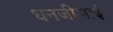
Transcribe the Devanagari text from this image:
धनजीभाई